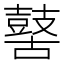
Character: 𪔐